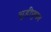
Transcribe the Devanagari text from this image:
चुडीपुणव